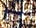
نشاء